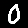
Digit: 0